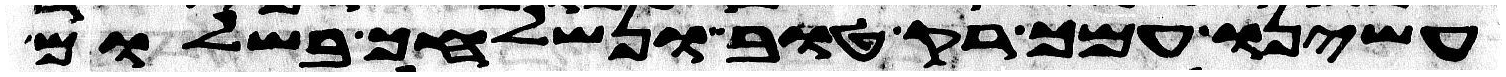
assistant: עשינו עמך רק טוב ונשלחך בשלום